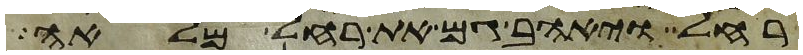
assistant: רחל ויאהב גם את רחל מלאה